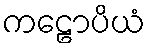
ကဠောပိယံ